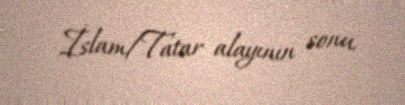
İslam/Tatar alayının sonu.